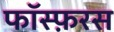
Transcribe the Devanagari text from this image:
फॉस्फ़रस